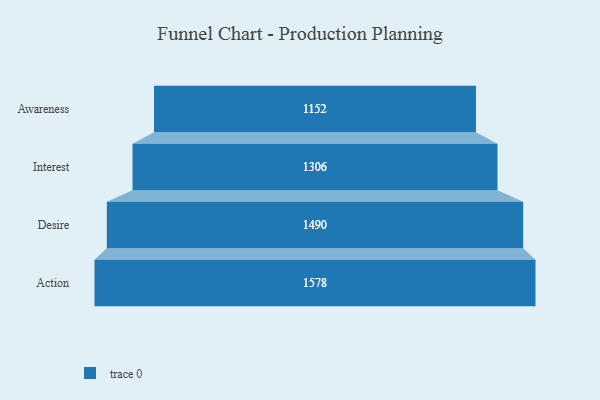
{"axis": {"x": "Stage", "y": "Value"}, "legend": [""], "data": [{"x": "Awareness", "y": 1152.0, "type": ""}, {"x": "Interest", "y": 1306.0, "type": ""}, {"x": "Desire", "y": 1490.0, "type": ""}, {"x": "Action", "y": 1578.0, "type": ""}]}